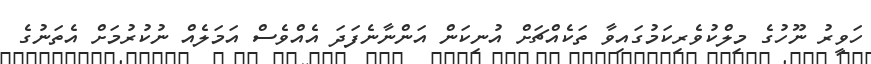
ހަވީރު ނޫހުގެ މިލްކުވެރިކަމުގައިވާ ތަކެއްޗަށް އުނިކަން އަންނާނެފަދަ އެއްވެސް އަމަލެއް ނުކުރުމަށް އެތަނުގެ